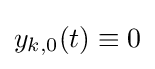
y_{k,0}(t)\equiv 0